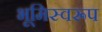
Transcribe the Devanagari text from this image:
भूमिस्वरूप